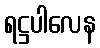
ရဋ္ဌပါလေန